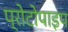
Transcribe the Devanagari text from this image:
प्रोटोपाइप